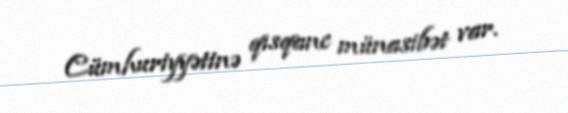
Cümhuriyyətinə qısqanc münasibət var.